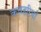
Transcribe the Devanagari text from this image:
कचहरियाँ